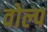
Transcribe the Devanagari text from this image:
वोल्प